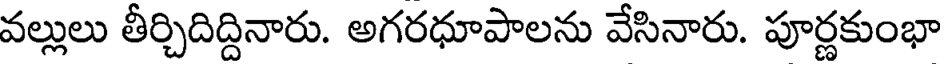
వల్లులు తీర్చిదిద్దినారు. అగరధూపాలను వేసినారు. పూర్ణకుంభా